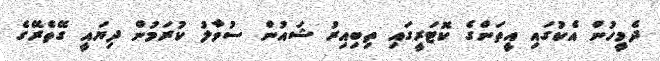
ދެމީހުން އެކުގައި އީތަންގެ ކޮޓަރީގައި ތިބިއިރު ޝައުން ސުވާލު ކުރަމުން ދިޔައީ ގޭތެރޭގެ